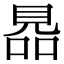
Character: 𧠮